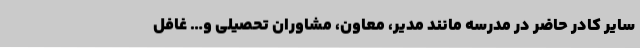
سایر کادر حاضر در مدرسه مانند مدیر، معاون، مشاوران تحصیلی و… غافل